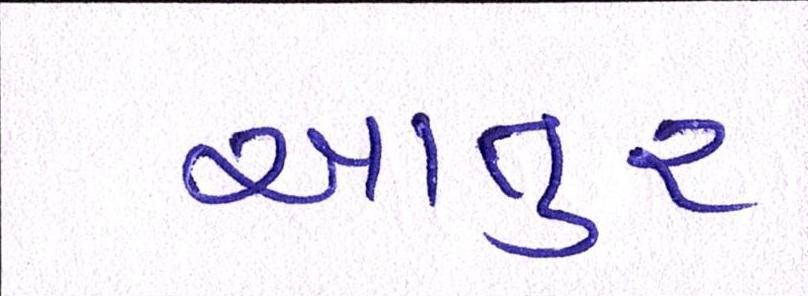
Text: આતુર